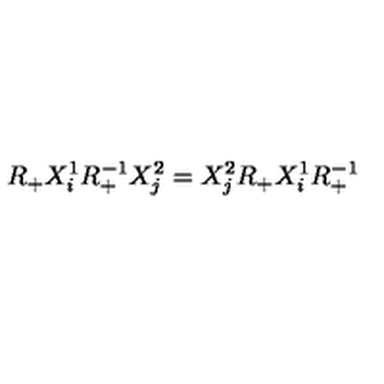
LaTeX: R _ { + } X _ { i } ^ { 1 } R _ { + } ^ { - 1 } X _ { j } ^ { 2 } = X _ { j } ^ { 2 } R _ { + } X _ { i } ^ { 1 } R _ { + } ^ { - 1 }